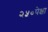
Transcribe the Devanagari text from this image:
२५०पेक्षा